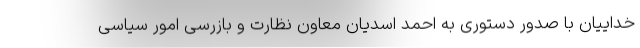
خداییان با صدور دستوری به احمد اسدیان معاون نظارت و بازرسی امور سیاسی